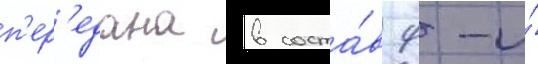
п'ер'едана в соста́в 9-и́